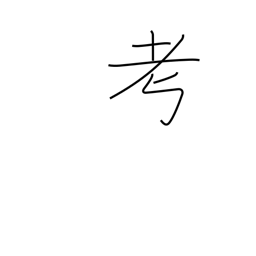
Meaning: think over